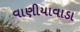
વાણીયાવાડા